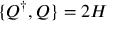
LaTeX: \{ Q ^ { \dagger } , Q \} = 2 H